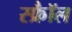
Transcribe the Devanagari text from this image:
स्फ्रैॉल